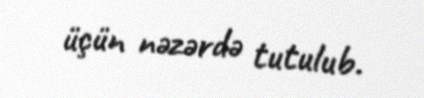
üçün nəzərdə tutulub.